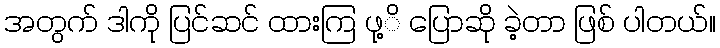
အတွက် ဒါကို ပြင်ဆင် ထားကြ ဖု့ိ ပြောဆို ခဲ့တာ ဖြစ် ပါတယ်။